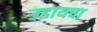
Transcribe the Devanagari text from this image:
उडायचा